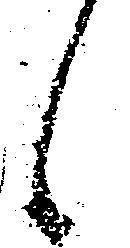
候